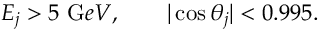
E _ { j } > 5 ~ { \mathrm G e V } , \qquad | \cos \theta _ { j } | < 0 . 9 9 5 .